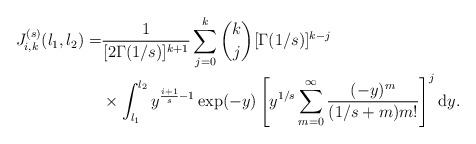
\begin{align*}J_{i,k}^{(s)}(l_1,l_2)=&\frac{1}{[2\Gamma(1/s)]^{k+1}}\sum_{j=0}^k\binom{k}{j}[\Gamma(1/s)]^{k-j}\\&\times\int_{l_1}^{l_2}y^{\frac{i+1}{s}-1}\exp(-y)\left[y^{1/s}\sum_{m=0}^\infty \frac{(-y)^m}{(1/s+m)m!}\right]^j\mathrm{d}y.\end{align*}